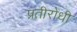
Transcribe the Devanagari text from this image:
प्रतीरोधी